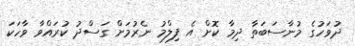
ދުވަހުގެ މުނާސަބަތާ ދިމާ ކޮށް އެ ފިލްމު ނެރުމަށް ގަސްދު ކުރައްވާ ވާހަކަ